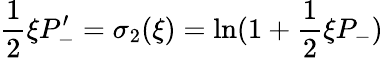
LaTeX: \frac{1}{2}\xi P_{-}^{\prime}=\sigma_{2}(\xi)=\ln(1+\frac{1}{2}\xi P_{-})